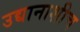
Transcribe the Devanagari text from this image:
उद्यानाशीच